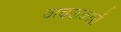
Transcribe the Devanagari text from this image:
वाचककारों